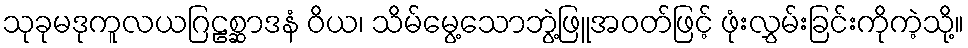
သုခုမဒုကူလယဂြဠစ္ဆာဒနံ ဝိယ၊ သိမ်မွေ့သောဘွဲ့ဖြူအဝတ်ဖြင့် ဖုံးလွှမ်းခြင်းကိုကဲ့သို့။